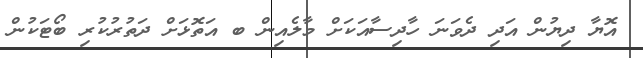
އޮޔާ ދިޔުން އަދި ދެވަނަ ހާދިސާއަކަށް މާލެއިން ބ އަތޮޅަށް ދަތުރުކުރި ބޯޓަކުން